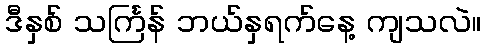
ဒီနှစ် သင်္ကြန် ဘယ်နှရက်နေ့ ကျသလဲ။